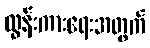
ထွန်းကားရေးအတွက်